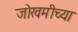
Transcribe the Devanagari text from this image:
जोखमीच्या